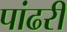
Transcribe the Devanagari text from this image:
पांढरीं